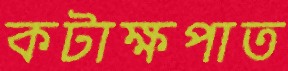
কটাক্ষপাত